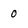
Character: 0